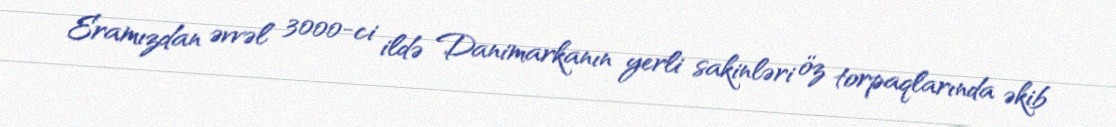
Eramızdan əvvəl 3000-ci ildə Danimarkanın yerli sakinləri öz torpaqlarında əkib